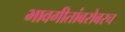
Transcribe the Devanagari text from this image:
भावगीतांबरोबरच